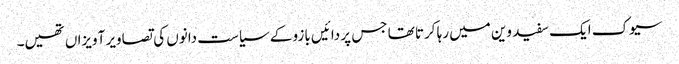
سیوک ایک سفید وین میں رہا کرتا تھا جس پر دائیں بازو کے سیاست دانوں کی تصاویر آویزاں تھیں۔